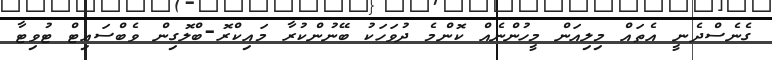
ގެނެސްދެނީ އެތައް މިލިއަން މީހުންނެއް ކޮންމެ ދުވަހަކު ބޭނުންކުރާ މައިކްރޮ-ބްލޮގިން ވެބްސައިޓް ޓުވިޓާ